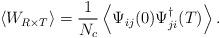
LaTeX: \begin{align*}\left<W_{R\times T}\right>=\frac{1}{N_c}\left<\Psi_{ij}(0)\Psi_{ji}^\dagger(T)\right>.\end{align*}